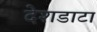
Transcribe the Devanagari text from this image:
देशडाटा